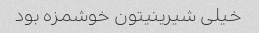
خیلی شیرینیتون خوشمزه بود